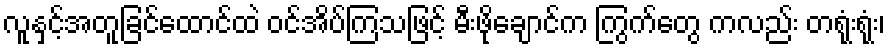
လူနှင့်အတူခြင်ထောင်ထဲ ဝင်အိပ်ကြသဖြင့် မီးဖိုချောင်က ကြွက်တွေ ကလည်း တရုံးရုံး၊